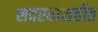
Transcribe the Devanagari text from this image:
सदस्यासहीत